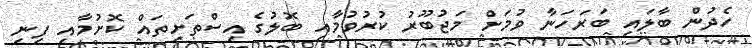
ހެދުން ބާލައި ބަރަހަނާ ވުމަށް މަޖުބޫރު ކުރުވުމާއި ބޮލުގެ އިސްތަށިތައް ކޮށުމާއި ފިނި